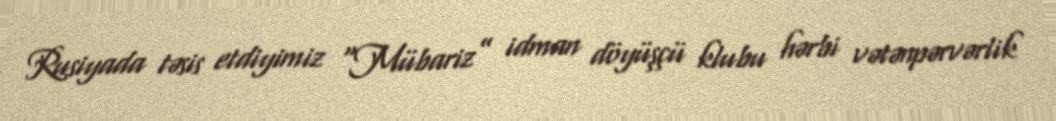
Rusiyada təsis etdiyimiz “Mübariz” idman döyüşçü klubu hərbi vətənpərvərlik